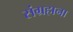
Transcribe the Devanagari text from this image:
संग्रहाना